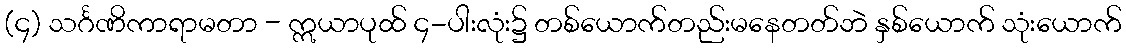
(၄) သင်္ဂဏိကာရာမတာ - ဣယာပုထ် ၄-ပါးလုံး၌ တစ်ယောက်တည်းမနေတတ်ဘဲ နှစ်ယောက် သုံးယောက်